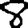
Digit: 8